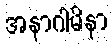
အနာဂါမိနာ